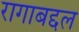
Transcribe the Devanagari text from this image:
रागाबद्दल